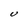
Character: U